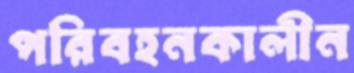
পরিবহনকালীন